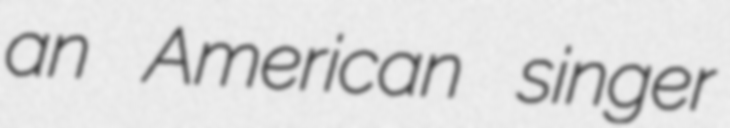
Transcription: an American singer